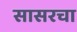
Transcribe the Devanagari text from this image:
सासरचा